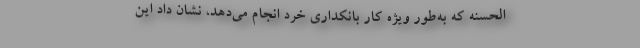
‌الحسنه که به‌طور ویژه کار بانکداری خرد انجام می‌دهد، نشان داد این